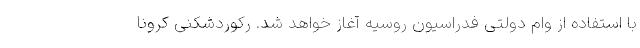
با استفاده از وام دولتی فدراسیون روسیه آغاز خواهد شد. رکوردشکنی کرونا